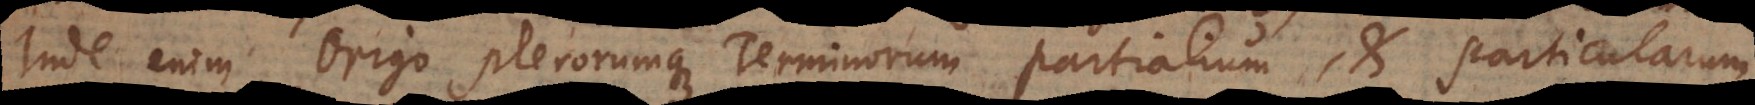
Inde enim Origo plerorumque Terminorum partialium, et particularum